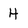
Character: 4